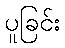
ပူခြင်း